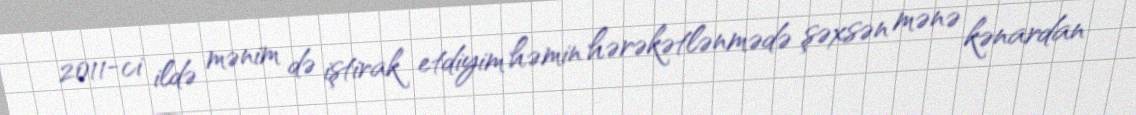
2011-ci ildə mənim də iştirak etdiyim həmin hərəkətlənmədə şəxsən mənə kənardan